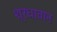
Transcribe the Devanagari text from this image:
श्रधावान